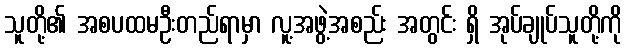
သူတို့၏ အစပထမဦးတည်ရာမှာ လူ့အဖွဲ့အစည်း အတွင်း ရှိ အုပ်ချုပ်သူတို့ကို